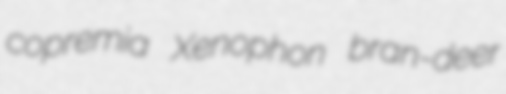
copremia Xenophon bran-deer